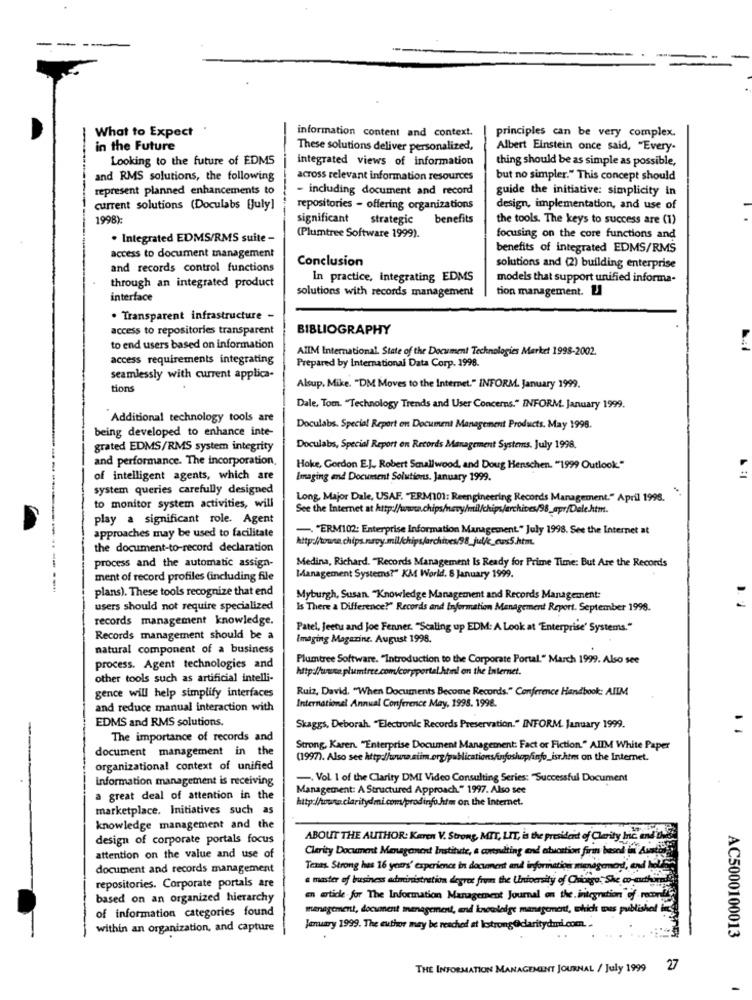
What to Expect
information content and context.
principles can be very complex.
in the Future
These solutions deliver personalized,
Albert Einstein once said, "Every-
Looking to the future of EDMS
integrated views of information
thing should be as simple as possible,
and RMS solutions, the following
across relevant information resources
but no simpler." This concept should
represent planned enhancements to
- including document and record
guide the initiative: simplicity in
current solutions (Doculabs [july]
repositories - offering organizations
design, implementation, and use of
1998):
significant strategic
benefits
the tools. The keys to success are (1)
. Integrated EDMS/RMS suite -
(Plumtree Software 1999).
focusing on the core functions and
benefits of integrated EDMS/RMS
access to document management
and records control functions
Conclusion
solutions and (2) building enterprise
In practice, integrating EDMS
models that support unified informa-
through an integrated product
solutions with records management
tion management. L
interface
· Transparent infrastructure -
access to repositories transparent
BIBLIOGRAPHY
to end users based on information
AIIM International. State of the Document Technologies Market 1998-2002.
access requirements integrating
Prepared by International Data Corp. 1998.
seamlessly with current applica-
tions
Alsup, Mike. "DM Moves to the Internet." INFORM. January 1999.
Dale, Tom. "Technology Trends and User Concerns." INFORM. January 1999.
Additional technology tools are
being developed to enhance inte-
Doculabs. Special Report on Document Management Products. May 1998.
grated EDMS/RMS system integrity
Doculabs, Special Report on Records Management Systems. July 1998.
and performance. The incorporation,
Hoke, Gordon E.J. Robert Senallwood, and Doug Henschen. "1999 Outlook."
of intelligent agents, which are
Imaging and Document Solutions. January 1999.
system queries carefully designed
Long, Major Dale, USAF. "ERM101: Reengineering Records Management." April 1998.
to monitor system activities, will
See the Internet at http://www.chips/nevy/mil/chips/archives/98_apr/Dele.htm.
play a significant role. Agent
approaches may be used to facilitate
. "ERM102: Enterprise Information Management." July 1998. See the Internet at
the document-to-record declaration
Medina, Richard. "Records Management Is Ready for Prime Time: But Are the Records
process and the automatic assign-
ment of record profiles (including file
Management Systems?" KM World. 8 January 1999.
plans). These tools recognize that end
Myburgh, Susan "Knowledge Management and Records Management:
users should not require specialized
Is There a Difference?" Records and Information Management Report. September 1998.
records management knowledge.
Patel, Jeetu and Joe Fenner. "Scaling up EDM: A Look at "Enterprise' Systems."
Records management should be a
Imaging Magazine. August 1998.
natural component of a business
Plumtree Software. "Introduction to the Corporate Portal." March 1999. Also see
process. Agent technologies and
http://wwwce.plumtree.com/corpportal.html on the Internet.
other tools such as artificial intelli-
gence will help simplify interfaces
Ruiz, David. "When Documents Become Records." Conference Handbook: AIIM
International Annual Conference May, 1998. 1998.
and reduce manual interaction with
EDMS and RMS solutions.
Skaggs, Deborah. "Electronic Records Preservation." INFORM. January 1999.
The importance of records and
document management in the
Strong, Karen. "Enterprise Document Management: Fact or Fiction." AIIM White Paper
(1997). Also see http://www.siim.org/publicationsAinfoshop/info_ist.htm on the Internet.
organizational context of unified
information management is receiving
-, Vol I of the Clarity DMI Video Consulting Series: "Successful Document
Management: A Structured Approach." 1997. Also see
a great deal of attention in the
http://www.claritydmi.com/prodinfo.htm on the Internet.
marketplace. Initiatives such as
knowledge management and the
design of corporate portals focus
ABOUT THE AUTHOR: Karen V. Strong, MIT, LIT, is the president of Clarity bic and
Clarity Document Menaganend Institute, a corendting and education firm based it Audit
attention on the value and use of
document and records management
Texas Strong has 16 years' experience in document and information management, and hold
repositories. Corporate portals are
a master of business administration degret from the University of Chicago, She wo erthund
based on an organized hierarchy
en article for The Information Management Journal on the. integration of record
of information categories found
menagement, document management, and knowledge management, which was published int
within an organization, and capture
January 1999. The euthor may be reached at kestrong @claritydmi.com.
AC5000100013
THE INFORMATION MANAGEMENT JOURNAL / July 1999 27